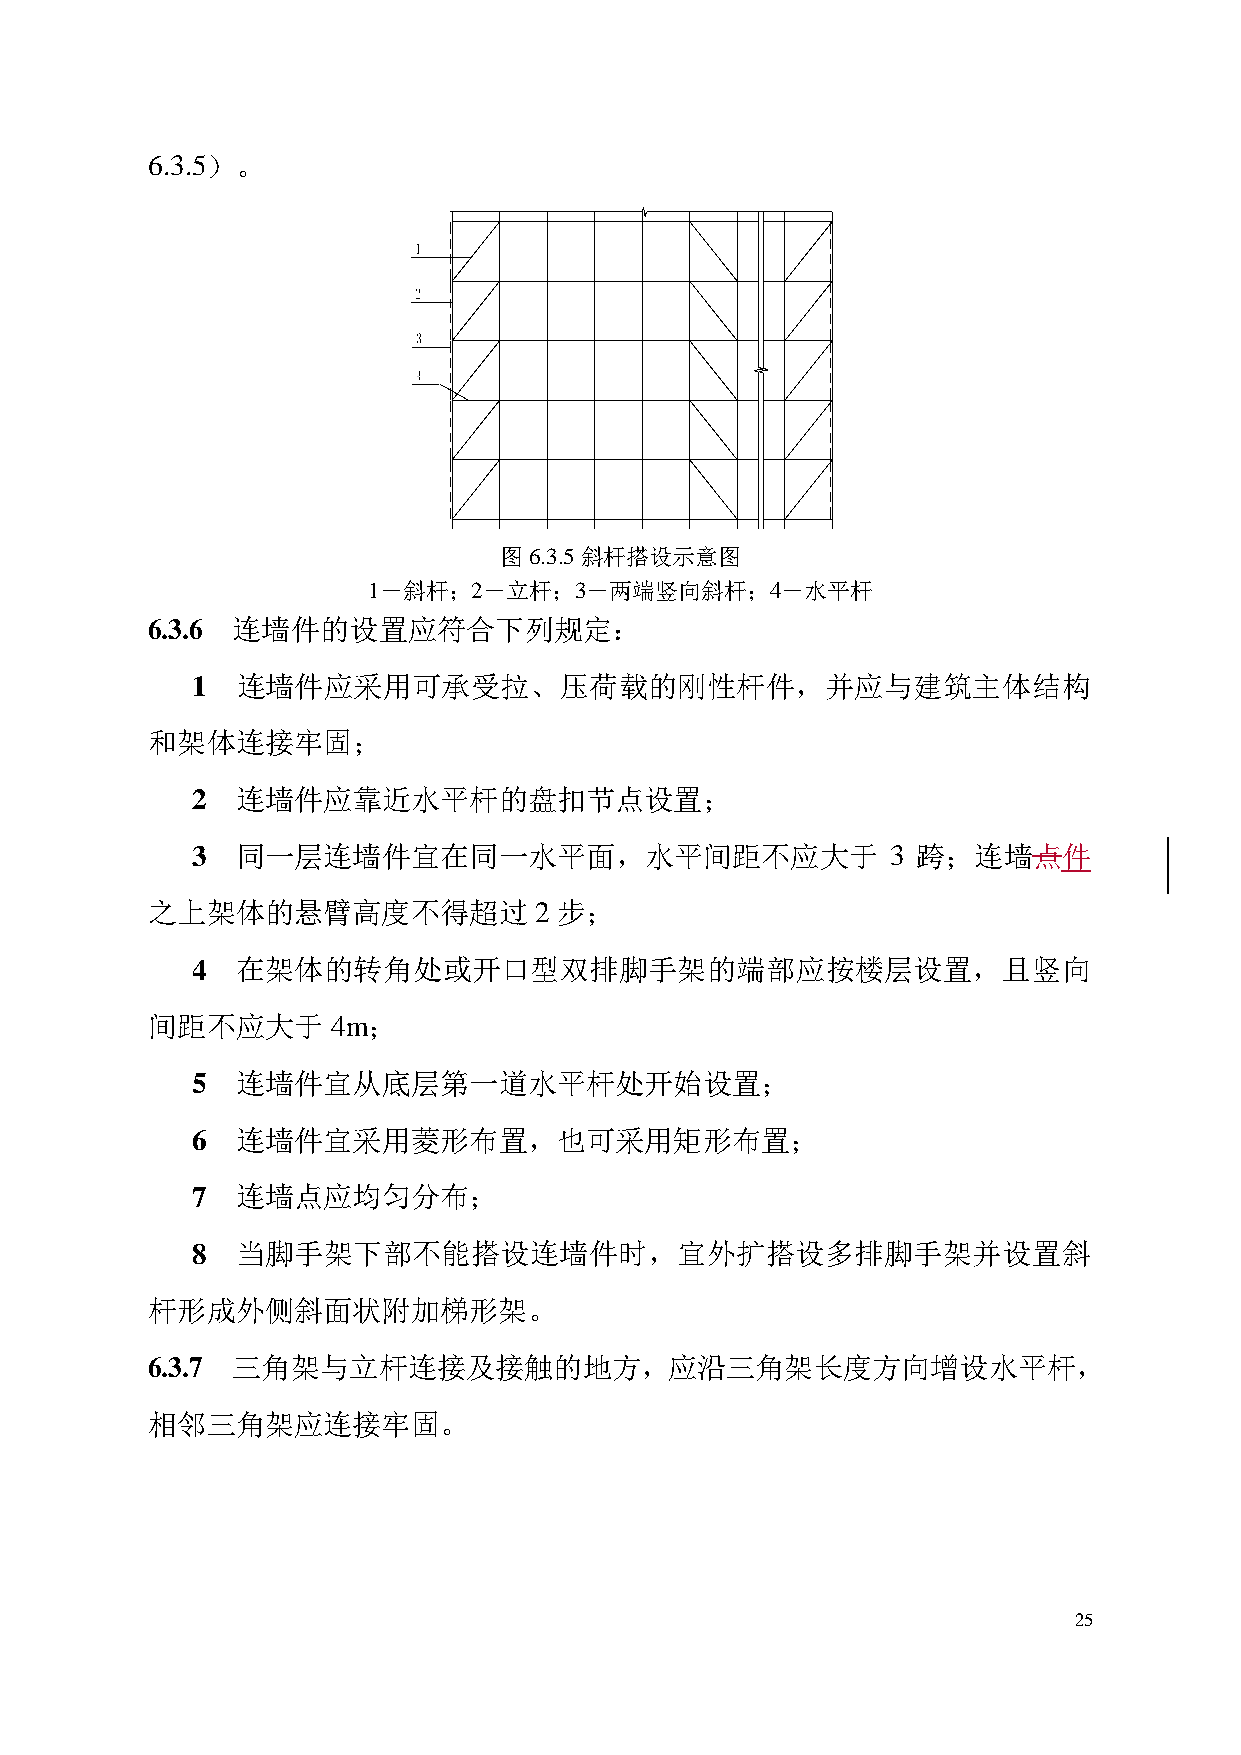
6.3.5）。
 图6.3.5斜杆搭设示意图
 1－斜杆；2－立杆；3－两端竖向斜杆；4－水平杆
 6.3.6 连墙件的设置应符合下列规定：
 1  连墙件应采用可承受拉、压荷载的刚性杆件，并应与建筑主体结构
 和架体连接牢固；
 2  连墙件应靠近水平杆的盘扣节点设置；
 3  同一层连墙件宜在同一水平面，水平间距不应大于                     3 跨；连墙点件
 之上架体的悬臂高度不得超过            2 步；
 4  在架体的转角处或开口型双排脚手架的端部应按楼层设置，且竖向
 间距不应大于      4m；
 5  连墙件宜从底层第一道水平杆处开始设置；
 6  连墙件宜采用菱形布置，也可采用矩形布置；
 7  连墙点应均匀分布；
 8  当脚手架下部不能搭设连墙件时，宜外扩搭设多排脚手架并设置斜
 杆形成外侧斜面状附加梯形架。
 6.3.7 三角架与立杆连接及接触的地方，应沿三角架长度方向增设水平杆，
 相邻三角架应连接牢固。
 25